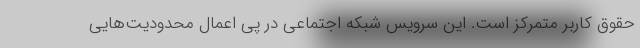
حقوق کاربر متمرکز است. این سرویس شبکه اجتماعی در پی اعمال محدودیت‌هایی